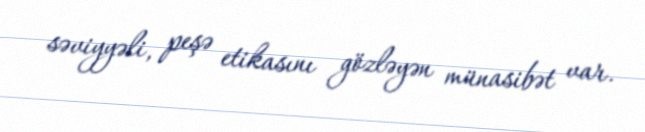
səviyyəli, peşə etikasını gözləyən münasibət var.